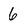
Character: 6